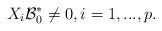
LaTeX: \begin{align*} X_i {\cal B}^*_0\ne 0, i=1,...,p.\end{align*}